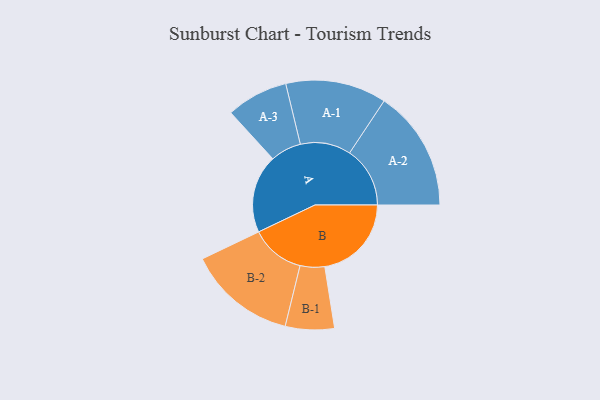
{"axis": {"x": "Segment", "y": "Value"}, "legend": ["", "A", "B"], "data": [{"x": "A", "y": 355, "type": ""}, {"x": "B", "y": 393, "type": ""}, {"x": "A-1", "y": 229, "type": "A"}, {"x": "A-2", "y": 274, "type": "A"}, {"x": "A-3", "y": 140, "type": "A"}, {"x": "B-1", "y": 111, "type": "B"}, {"x": "B-2", "y": 246, "type": "B"}]}